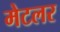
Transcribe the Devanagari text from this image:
मेटलर